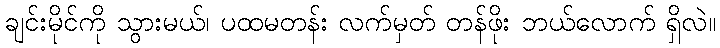
ချင်းမိုင်ကို သွားမယ်၊ ပထမတန်း လက်မှတ် တန်ဖိုး ဘယ်လောက် ရှိလဲ။